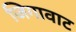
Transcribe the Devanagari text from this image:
जिगावाट